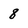
Character: 8